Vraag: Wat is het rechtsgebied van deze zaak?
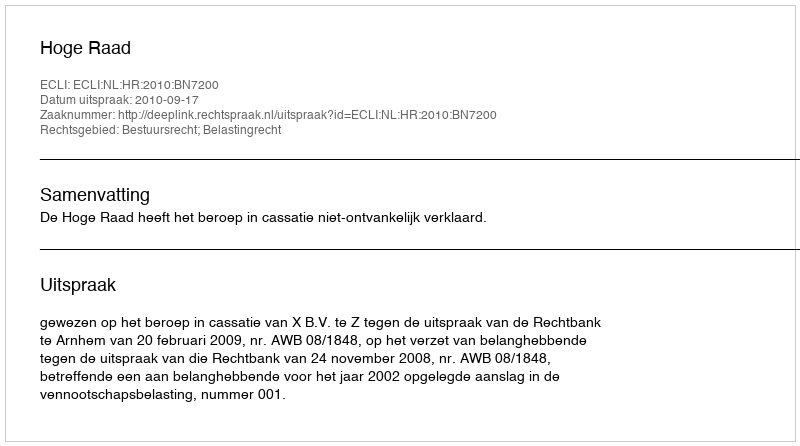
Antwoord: Bestuursrecht; Belastingrecht